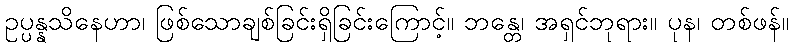
ဥပ္ပန္နသိနေဟာ၊ ဖြစ်သောချစ်ခြင်းရှိခြင်းကြောင့်။ ဘန္တေ၊ အရှင်ဘုရား။ ပုန၊ တစ်ဖန်။